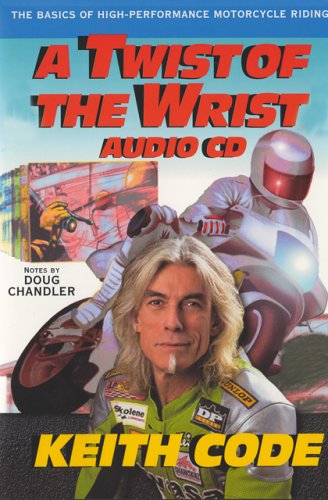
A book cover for Twist of the Wrist 4 Volume Audio CD; Keith Code; Sports & Outdoors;